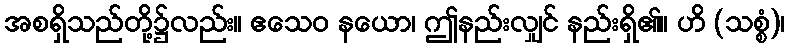
အစရှိသည်တို့၌လည်း။ ဧသေဝ နယော၊ ဤနည်းလျှင် နည်းရှိ၏။ ဟိ (သစ္စံ)၊